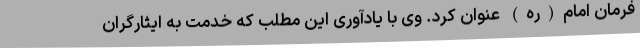
فرمان امام(ره) عنوان کرد. وی با یادآوری این مطلب که خدمت به ایثارگران